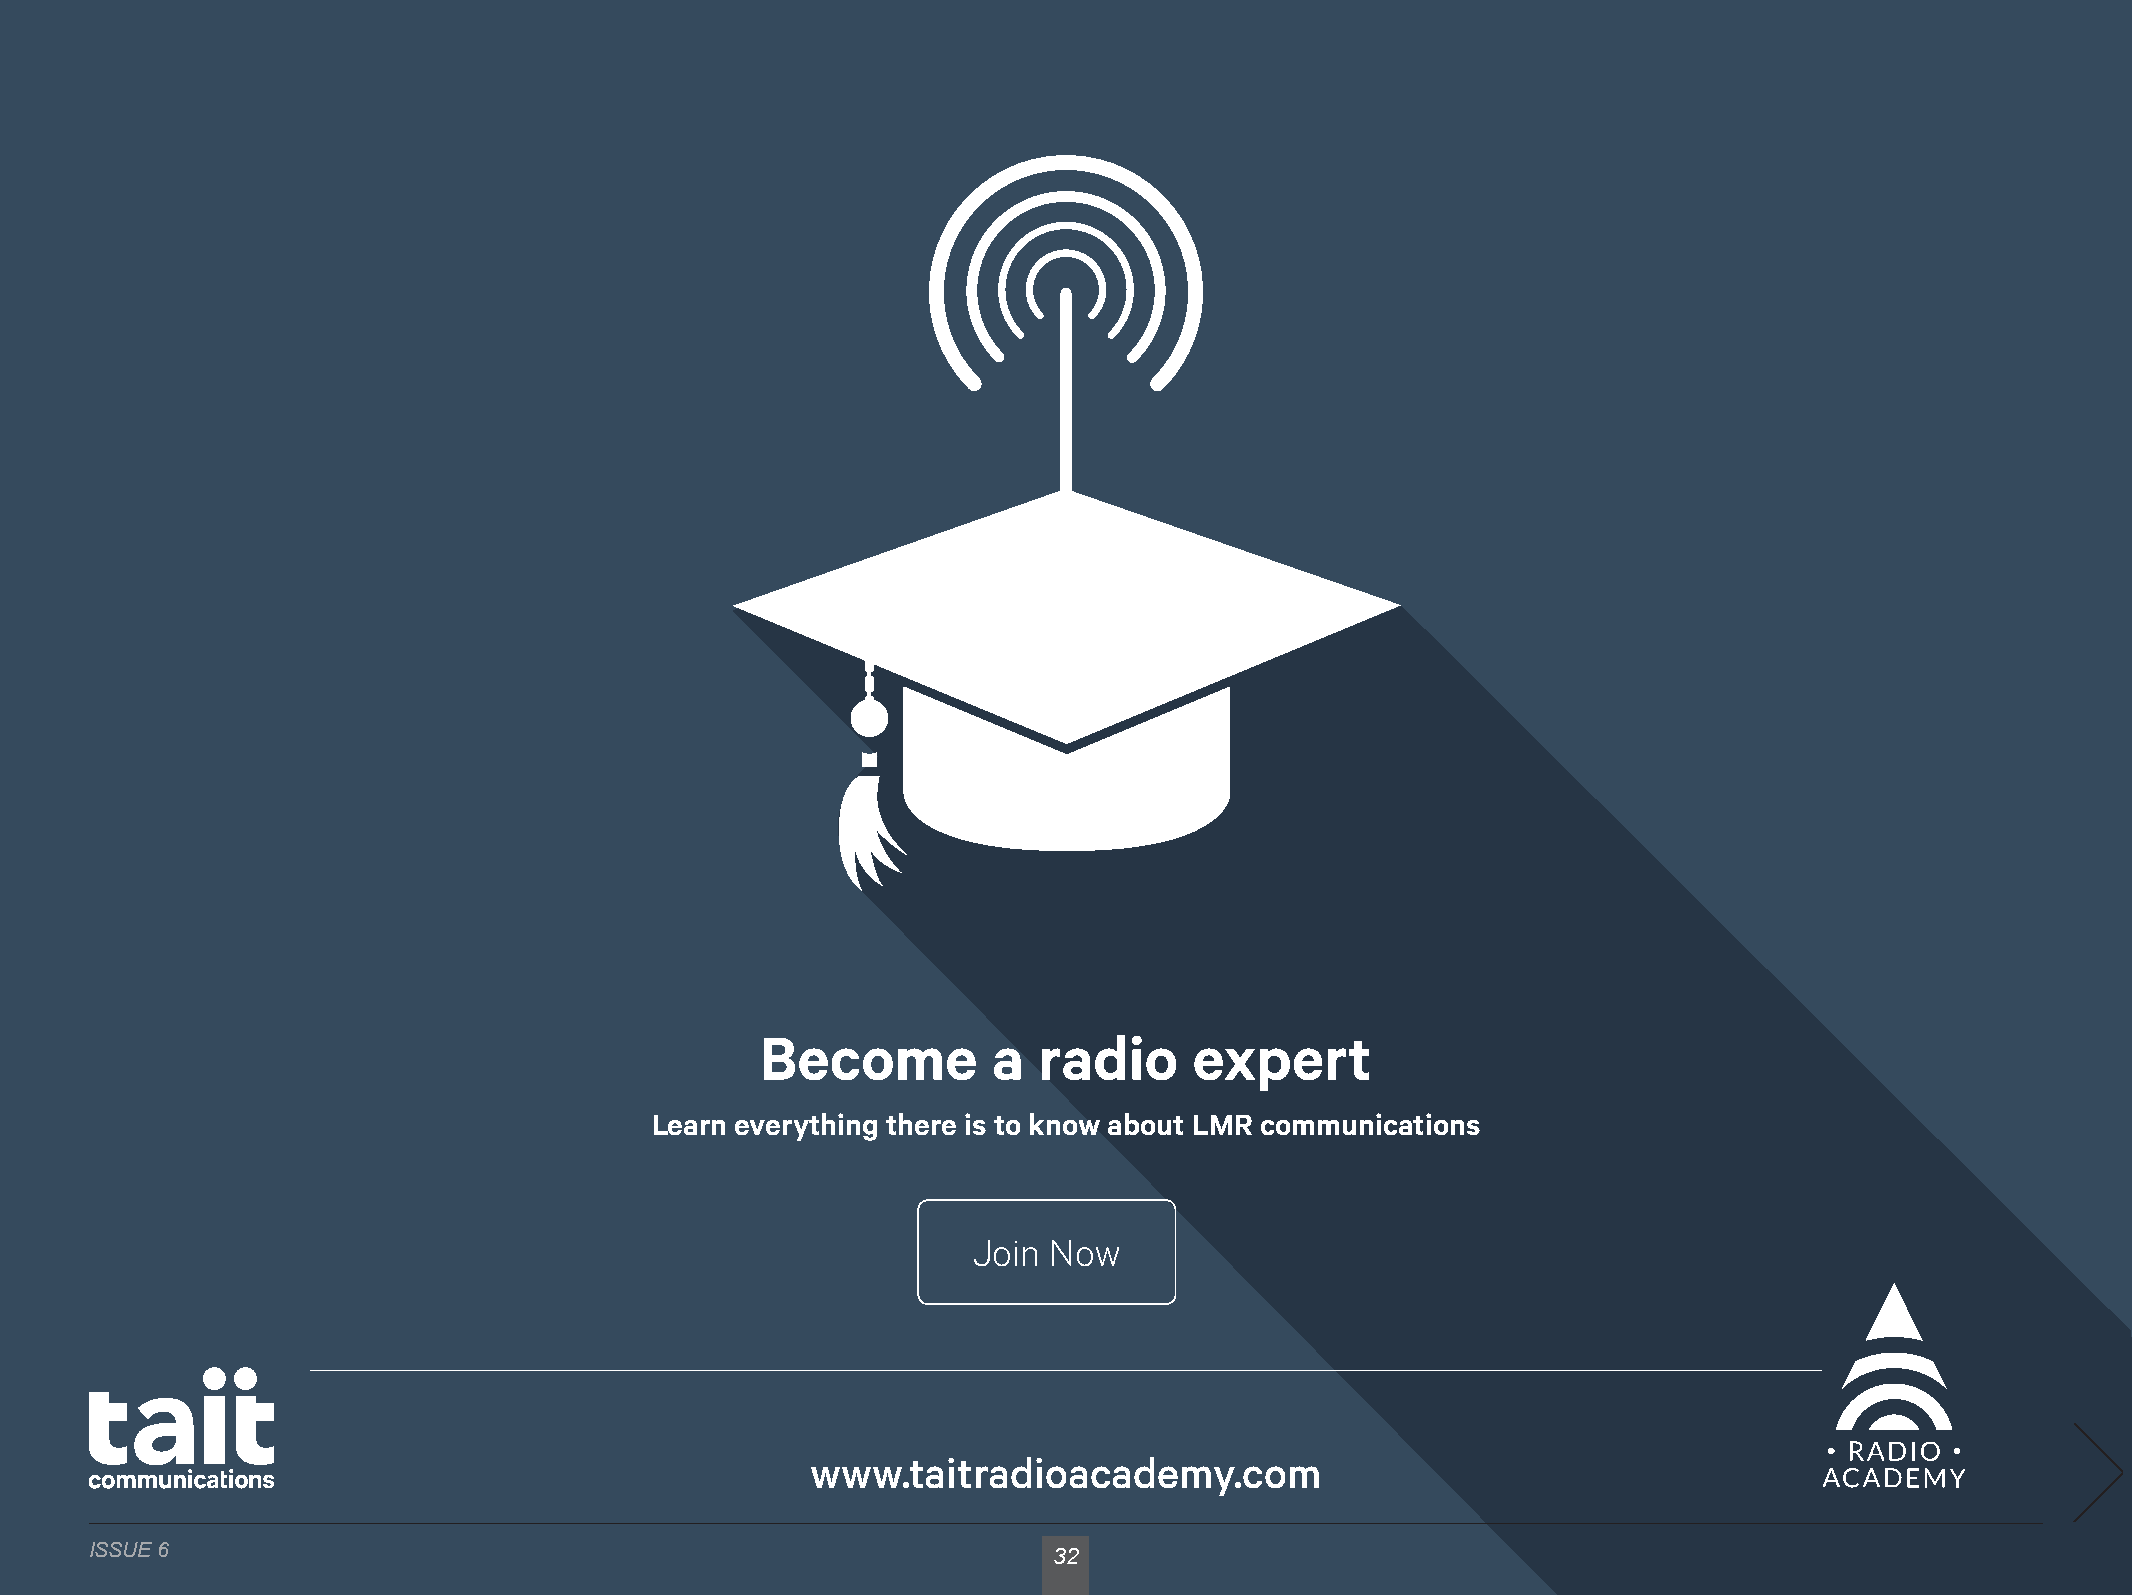
Become          a  radio     expert
 Learn everything there is to know about LMR communications
 Join  Now
 www.taitradioacademy.com
 ISSUE 6                                                         32